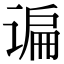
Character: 谝